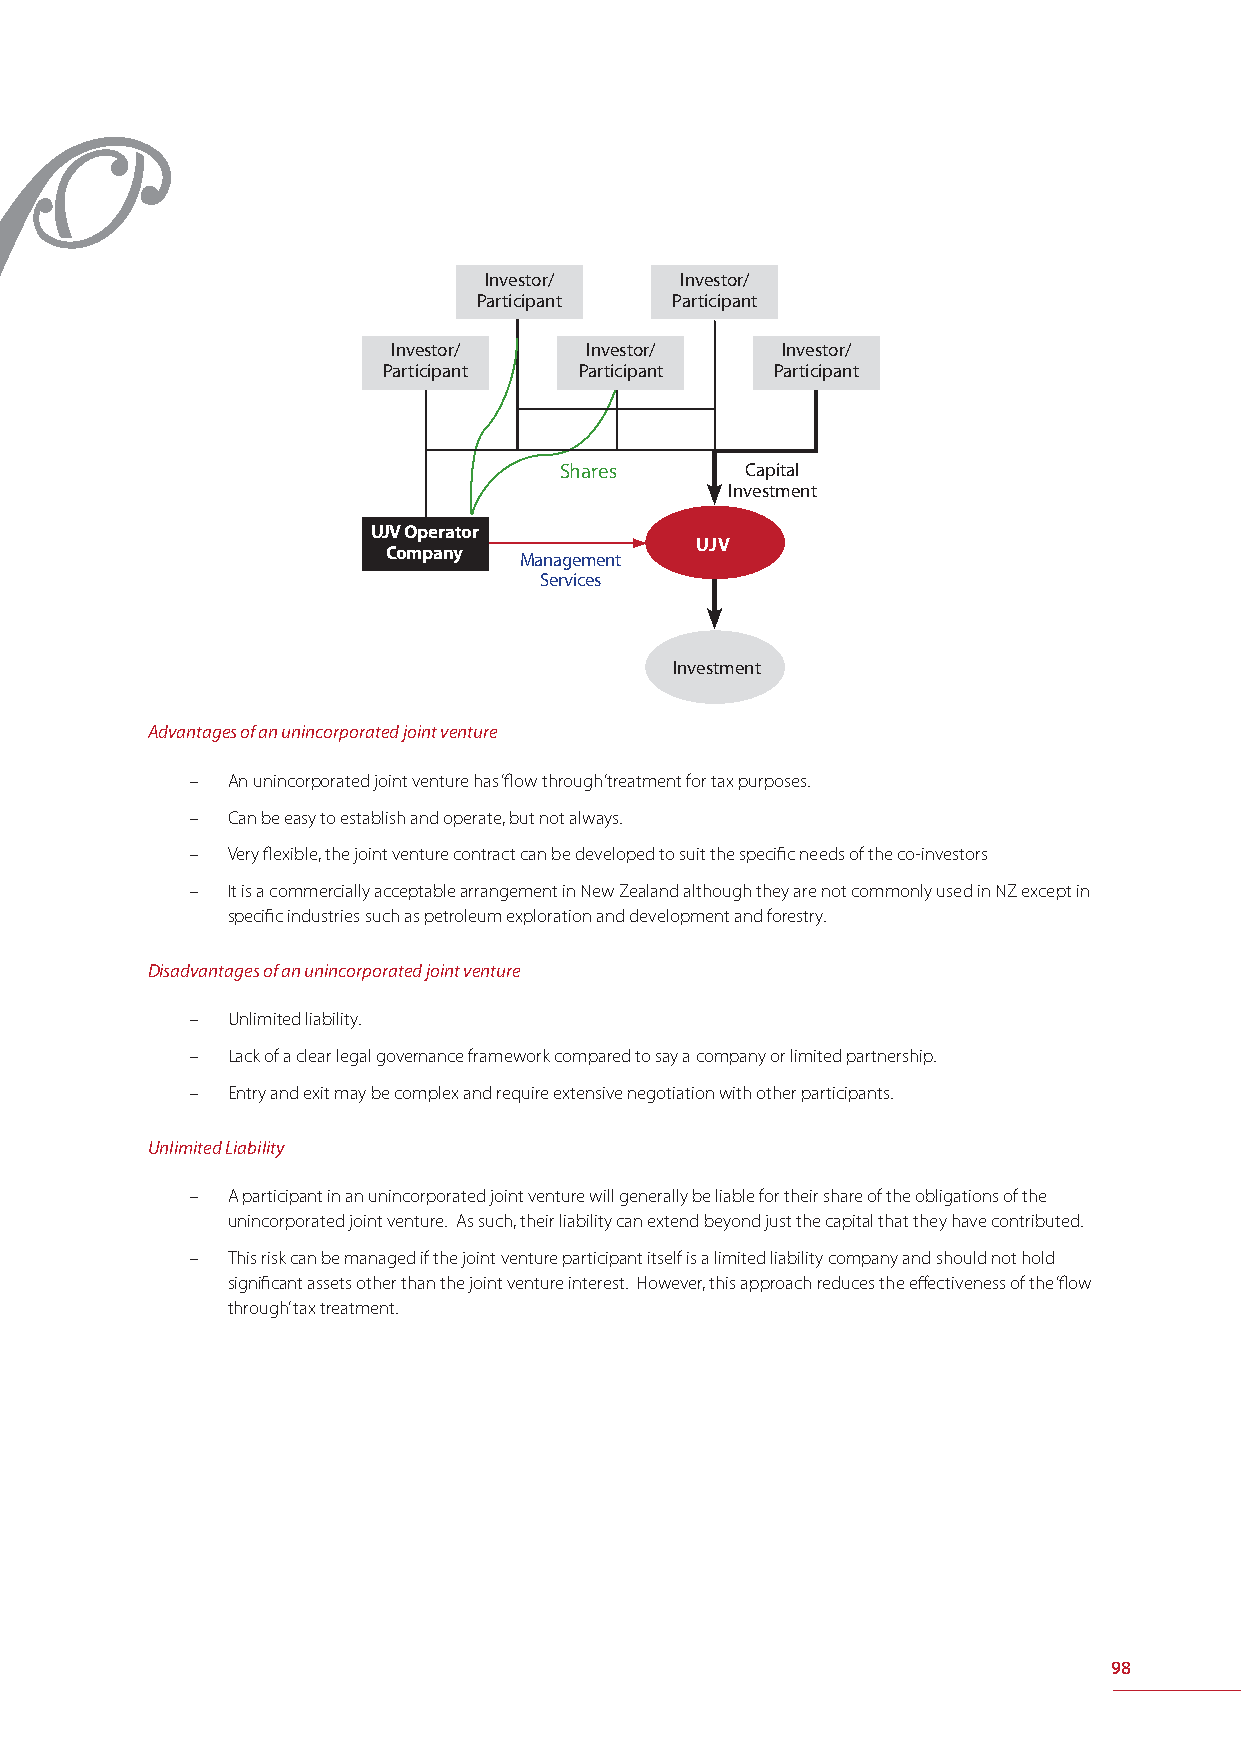
Investor/    Investor/
 Participant Participant
 Investor/    Investor/    Investor/
 Participant  Participant  Participant
 Shares      Capital
 Investment
 UJV Operator
 UJV
 Company Management
 Services
 Investment
 Advantages of an unincorporated joint venture
 – An unincorporated joint venture has ‘fl ow through’ treatment for tax purposes.
 – Can be easy to establish and operate, but not always.
 – Very fl exible, the joint venture contract can be developed to suit the specifi c needs of the co-investors
 – It is a commercially acceptable arrangement in New Zealand although they are not commonly used in NZ except in
 specifi c industries such as petroleum exploration and development and forestry.
 Disadvantages of an unincorporated joint venture
 – Unlimited liability.
 – Lack of a clear legal governance framework compared to say a company or limited partnership.
 – Entry and exit may be complex and require extensive negotiation with other participants.
 Unlimited Liability
 – A participant in an unincorporated joint venture will generally be liable for their share of the obligations of the
 unincorporated joint venture. As such, their liability can extend beyond just the capital that they have contributed.
 – This risk can be managed if the joint venture participant itself is a limited liability company and should not hold
 signifi cant assets other than the joint venture interest. However, this approach reduces the eff ectiveness of the ‘fl ow
 through’ tax treatment.
 98